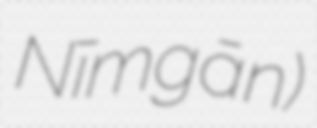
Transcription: Nīmgān)